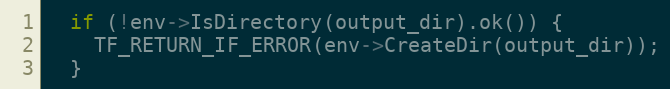
Language: C++
  if (!env->IsDirectory(output_dir).ok()) {
    TF_RETURN_IF_ERROR(env->CreateDir(output_dir));
  }